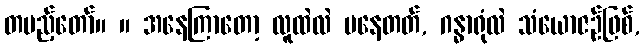
တပည့်တော်။ ။ အနေကြာတော့ လူထဲလဲ မနေတတ်, ဂန္ဓာရုံလဲ သံယောဇဉ်ဖြစ်,